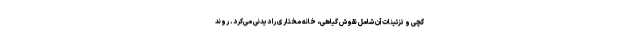
گچی و تزئینات آن شامل نقوش گیاهی، خانه مختاری را دیدنی می‌کرد. روند